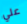
علي